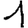
Digit: 1